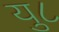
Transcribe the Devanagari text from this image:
यु८